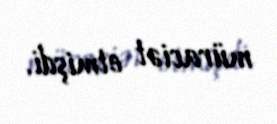
müraciət etmişdi.